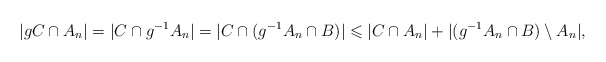
\begin{align*} |gC\cap A_n|=|C\cap g^{-1}A_n|=|C\cap (g^{-1}A_n\cap B)|\leqslant |C\cap A_n|+|(g^{-1}A_n\cap B)\setminus A_n|,\end{align*}